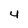
Character: 4